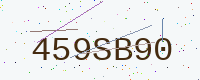
Text: 459SB90